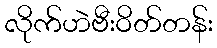
လိုက်ဟဲဗီးဝိတ်တန်း